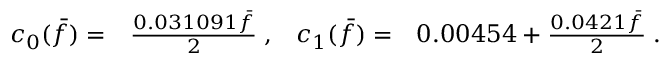
\begin{array} { r l r l } { c _ { 0 } ( \bar { f } ) = } & { { } \frac { 0 . 0 3 1 0 9 1 \bar { f } } { 2 } \; , } & { c _ { 1 } ( \bar { f } ) = } & { { } 0 . 0 0 4 5 4 + \frac { 0 . 0 4 2 1 \bar { f } } { 2 } \; . } \end{array}